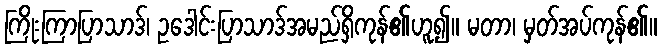
ကြိုးကြာပြာသာဒ်၊ ဥဒေါင်းပြာသာဒ်အမည်ရှိကုန်၏ဟူ၍။ မတာ၊ မှတ်အပ်ကုန်၏။